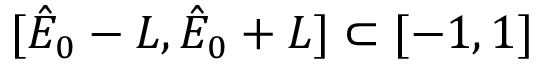
[ \hat { E } _ { 0 } - L , \hat { E } _ { 0 } + L ] \subset [ - 1 , 1 ]